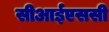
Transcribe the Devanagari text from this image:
सीआईएससी